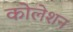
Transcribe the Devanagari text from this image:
कोलेशन